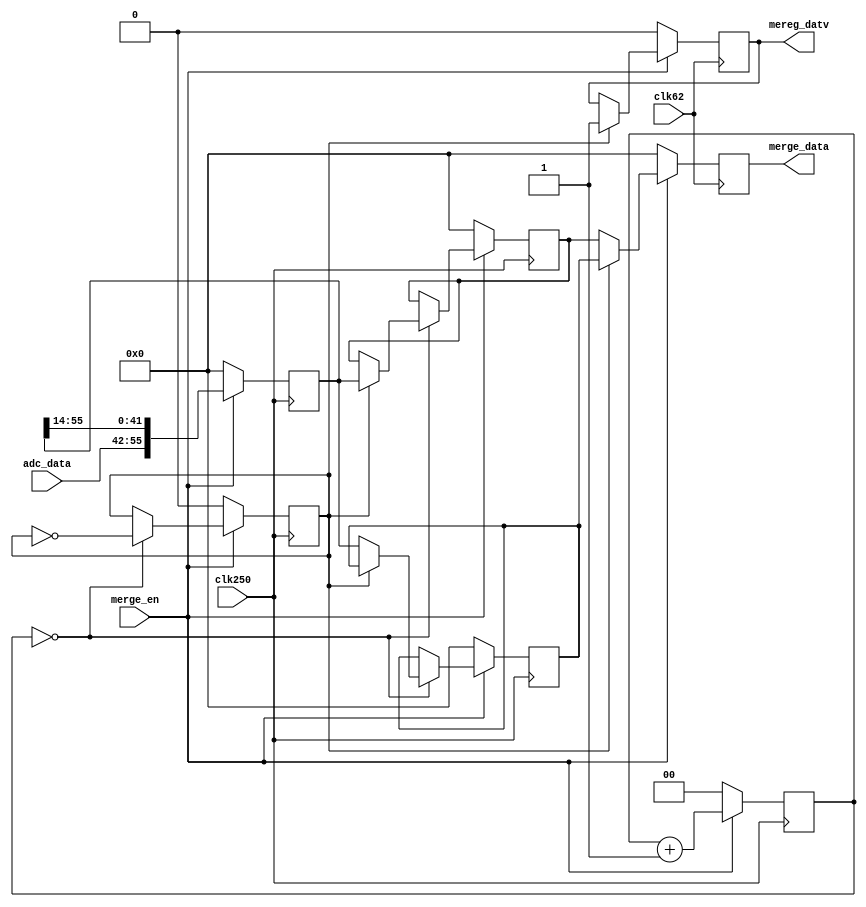
`timescale 1ns / 1ps
//////////////////////////////////////////////////////////////////////////////////
// Company: 
// Engineer: 
// 
// Design Name: 
// Module Name: Ta_adc_merge
// Project Name: 
// Target Devices: 
// Tool Versions: 
// Description: 
// 
// Dependencies: 
// 
// Revision:
// Revision 0.01 - File Created
// Additional Comments:
// 
//////////////////////////////////////////////////////////////////////////////////


module Ta_adc_merge
#(
parameter ADC0_0 = 14  ,
          ADC0_1 = 56
)(
input                   clk250        ,
input                   merge_en      ,
input    [ADC0_0-1:0]   adc_data      ,
input                   clk62         ,
output   [ADC0_1-1:0]   merge_data    ,
output                  mereg_datv
    );

function integer f_msb (input integer value);
  begin
    value = value>>1;
    for(f_msb=0; value>0; f_msb=f_msb+1)
    value = value>>1;
  end
endfunction

localparam NUM_MERGE  = ADC0_1/ADC0_0       ,
           WTH_MSHIFT = f_msb(NUM_MERGE-1)+1;

reg[ADC0_1-1:0]     merge_shift     =0;
reg[WTH_MSHIFT-1:0] merge_shift_cnt =0;
always@(posedge clk250)begin
	if(!merge_en)begin
		merge_shift     <= 0;
		merge_shift_cnt <= 0;
	end else begin
		merge_shift     <= {adc_data,merge_shift[ADC0_1-1:ADC0_0]};
		merge_shift_cnt <= merge_shift_cnt + 1;
	end
end

reg             merge_tag =0;
reg[ADC0_1-1:0] merge_dt0 =0;
reg[ADC0_1-1:0] merge_dt1 =0;
always@(posedge clk250)begin
	if(!merge_en)begin
		merge_tag <= 0;
		merge_dt0 <= 0;
		merge_dt1 <= 0;
	end else begin
		if(merge_shift_cnt==0)begin
			merge_tag <= !merge_tag;
			if(merge_tag)begin
				merge_dt0 <= merge_shift;
			end else begin
				merge_dt1 <= merge_shift;
			end
		end
	end
end

reg[ADC0_1-1:0] t_merge_data =0;
reg             t_mereg_datv =0;
always@(posedge clk62)begin
	if(!merge_en)begin
		t_merge_data <= 0;
		t_mereg_datv <= 0;
	end else begin
		if(merge_tag)begin
			t_merge_data <= merge_dt1;
			t_mereg_datv <= 1;
		end else begin
			t_merge_data <= merge_dt0;
		end
	end
end

assign merge_data = t_merge_data;
assign mereg_datv = t_mereg_datv;

endmodule